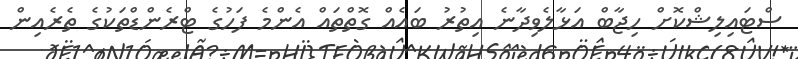
ސްޓައިލިޝްކޮށް ހިޖާބް އަޅާލެވިދާނެ އިތުރު ބައެއް ގޮތްތައް އެންމެ ފަހުގެ ޓްރެންޑްތަކުގެ ތެރެއިން